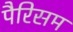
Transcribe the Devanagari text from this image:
पैरिसम